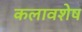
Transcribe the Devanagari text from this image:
कलावशेष